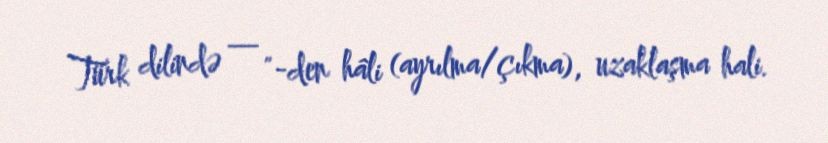
Türk dilində — "-den hâli (ayrılma/çıkma), uzaklaşma hali.